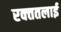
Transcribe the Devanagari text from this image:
रक्‍ततलाई